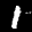
Label: 1